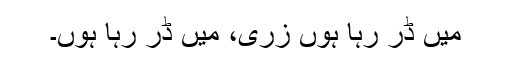
میں ڈر رہا ہوں زری، میں ڈر رہا ہوں۔